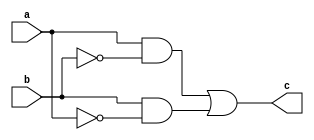
module xor1(a,b,c);
input a,b;
output c;
wire nota,notb,anotb,bnota;
not n1(nota,a);
not n2(notb,b);
and a1(anotb,a,notb);
and a2(bnota,b,nota);
or o1(c,anotb,bnota);
endmodule